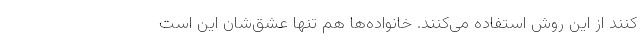
کنند از این روش استفاده می‌کنند. خانواده‌ها هم تنها عشق‌شان این است